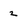
Character: 2